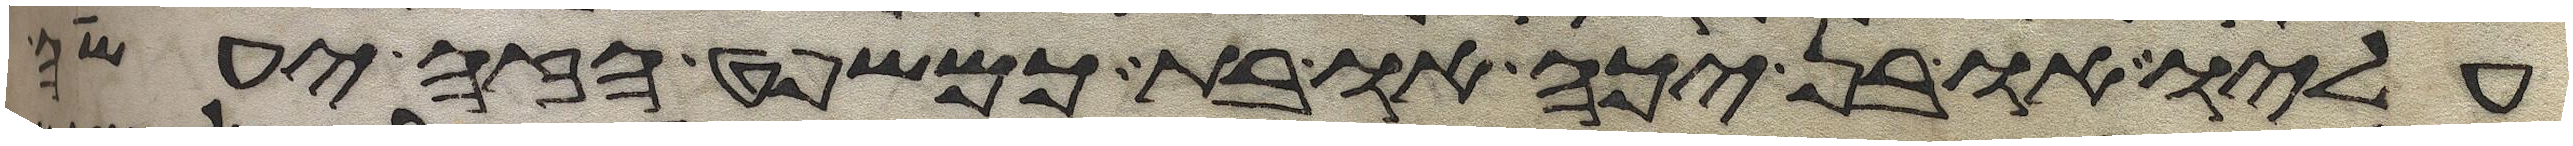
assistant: עליו או בן יכה או בת כמשפט הזה יעשה